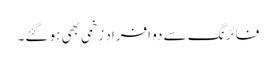
فائرنگ سے دو افراد زخمی بھی ہو گئے۔